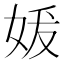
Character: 𪥲